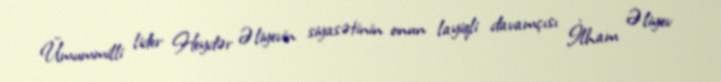
Ümummilli lider Heydər Əliyevin siyasətinin onun layiqli davamçısı İlham Əliyev